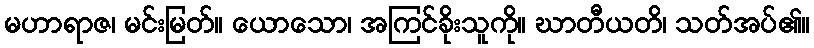
မဟာရာဇ၊ မင်းမြတ်။ ယောသော၊ အကြင်ခိုးသူကို။ ဃာတီယတိ၊ သတ်အပ်၏။